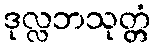
ဒုလ္လဘသုတ္တံ